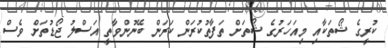
ކުރީގެ ޝޯތަކާއި މިއަހަރުގެ ޝޯތަށް ތަފާތުކުރަން ކަރަން ބޭނުންވާތީ އަސްލު ޖޯޑުތަށް ވެސް